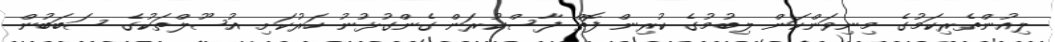
ލިއުންތެރިކަމުގެ މިނިވަންކަން ލިބުމުގެ ކުރިން ފޮތް ފާސްކުރަން ގެންގުޅުނު ހަރުކަށި އުސޫލްތަކުގެ ސަބަބުން